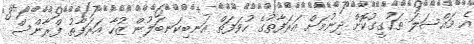
އެ މައްސަލަ ތަހުގީގުކޮށް ދިނުމަށް އަރަފާތުގެ ހުވަފަތް އަނބިކަނބަލުން ޒުހާ އަރަފާތު ފްރާންސް